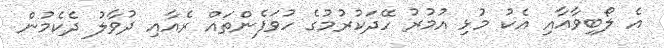
އެ ލޯބިވާއާއި އެކު މުޅި އުމުރު ހޭދަކުރުމުގެ ހުވަފެންތައް ރެއާއި ދުވާލު ދެކެމުން